Lunatic asylums Punjab 1868-1880 - 1868-1880
Year: 1868
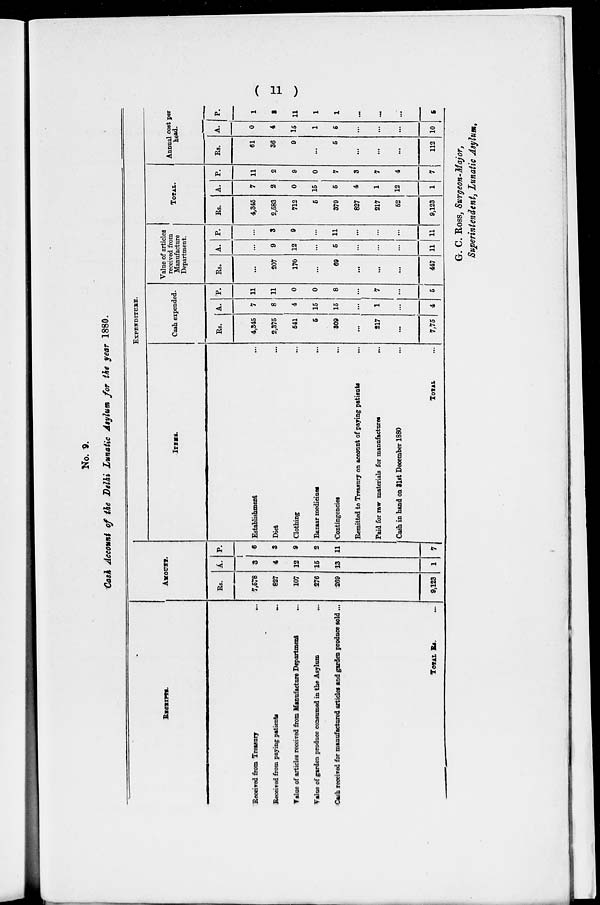
( 11 )
No. 9.
Cash Account of the Delhi Lunatic Asylum for the year 1880.
RECEIPTS.
Received from Treasury
...
Received from paying patients
...
Value of articles received from Manufacture Department ...
Value of garden produce consumed in the Asylum
...
Cash received for manufactured articles and garden produce sold ...
TOTAL Rs. ...
AMOUNT.
Rs.
7,578
827
107
276
269
9,123
A.
3
4
12
15
13
1
P.
6
3
9
2
11
7
EXPENDITURE.
ITEMS.
Establishment ...
Diet
...
Clothing ...
Bazaar medicines
...
Contingencies ...
Remitted to Treasury on account of paying patients
...
Paid for raw materials for manufactures
...
Cash in hand on 31st December 1880 ...
TOTAL ...
Cash expended.
Rs.
4,345
2,375
541
5
309
...
217
...
7,75
A.
7
8
4
15
15
...
1
...
4
P.
11
11
0
0
8
...
7
...
5
Value of articles
received from
Manufacture
Department.
Rs.
...
207
170
...
69
...
...
...
447
A.
...
9
12
...
5
...
...
...
11
P.
...
3
9
...
11
...
...
...
11
TOTAL.
Rs.
4,345
2,583
712
5
379
827
217
52
9,123
A.
7
2
0
15
5
4
1
12
1
P.
11
2
9
0
7
3
7
4
7
Annual cost per
head.
Rs.
61
36
9
...
5
...
...
...
112
A.
0
4
15
1
5
...
...
...
10
P.
1
3
11
1
1
...
...
...
5
G. C. Ross, Surgeon-Major,
Superintendent, Lunatic Asylum,